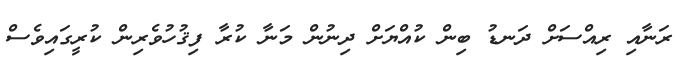
ރަނާއި ރިއްސަށް ދަނޑު ބިން ކުއްޔަށް ދިނުން މަނާ ކުރާ ފިޤުހުވެރިން ކުރީގައިވެސް